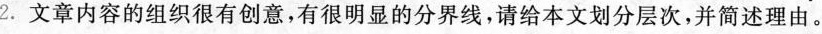
2. 文章内容的组织很有创意,有很明显的分界线,请给本文划分层次,并简述理由。